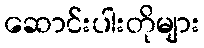
ဆောင်းပါးတိုများ